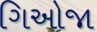
ગિઓજા